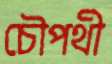
চৌপথী